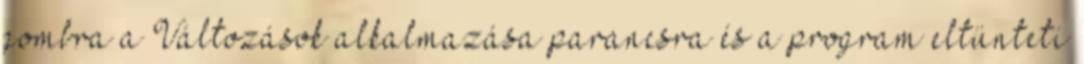
gombra a Változások alkalmazása parancsra és a program eltünteti